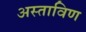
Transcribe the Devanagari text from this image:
अस्ताविण